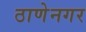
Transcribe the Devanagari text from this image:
ठाणेनगर